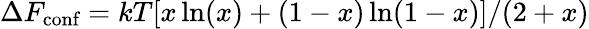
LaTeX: \Delta F_{\textrm{conf}}=kT[x\ln(x)+(1-x)\ln(1-x)]/(2+x)